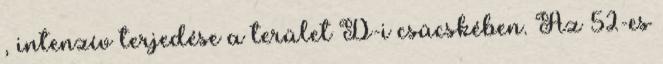
, intenzív terjedése a terület D-i csücskében. Az 52-es